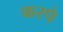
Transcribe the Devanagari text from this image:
करपे